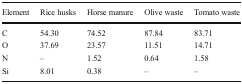
<table><thead><tr><td><b>Element</b></td><td><b>Rice husks</b></td><td><b>Horse manure</b></td><td><b>Olive waste</b></td><td><b>Tomato waste</b></td></tr></thead><tbody><tr><td>C</td><td>54.30</td><td>74.52</td><td>87.84</td><td>83.71</td></tr><tr><td>O</td><td>37.69</td><td>23.57</td><td>11.51</td><td>14.71</td></tr><tr><td>N</td><td>–</td><td>1.52</td><td>0.64</td><td>1.58</td></tr><tr><td>Si</td><td>8.01</td><td>0.38</td><td>–</td><td>–</td></tr></tbody></table>